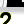
Digit: 2